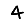
Digit: 4